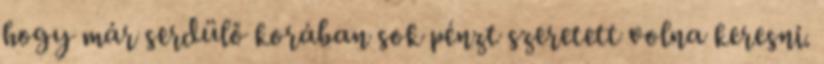
hogy már serdülő korában sok pénzt szeretett volna keresni.